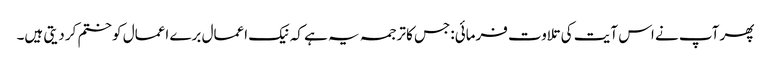
پھر آپ نے اس آیت کی تلاوت فرمائی:جس کا ترجمہ یہ ہے کہ نیک اعمال برے اعمال کو ختم کر دیتی ہیں۔